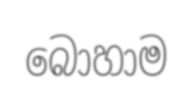
බොහාම